Source: Handwritten
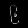
Digit: ၉ (9)